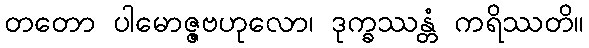
တတော ပါမောဇ္ဇဗဟုလော၊ ဒုက္ခဿန္တံ ကရိဿတိ။